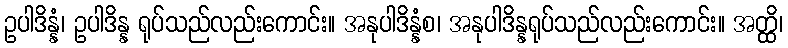
ဥပါဒိန္နံ၊ ဥပါဒိန္န ရုပ်သည်လည်းကောင်း။ အနုပါဒိန္နံစ၊ အနုပါဒိန္နရုပ်သည်လည်းကောင်း။ အတ္ထိ၊